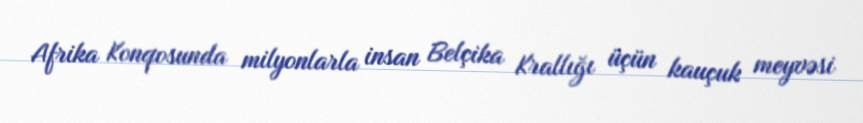
Afrika Konqosunda milyonlarla insan Belçika Krallığı üçün kauçuk meyvəsi